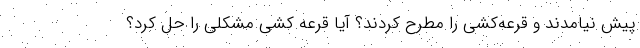
پیش نیامدند و قرعه‌کشی را مطرح کردند؟ آیا قرعه کشی مشکلی را حل کرد؟